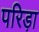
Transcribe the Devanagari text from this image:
परिड़ा